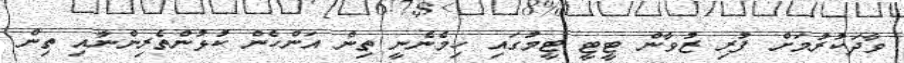
ވާދަކުރުމަށް ފުރި ޒުވާން ޓީޓީ ޓީމުގައި ހިމެނެނީ ތިން އަންހެން ކުޅުންތެރިންނާއި ތިން